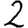
Digit: 2